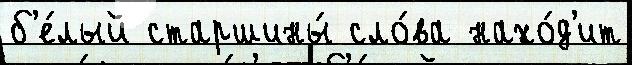
б'е́лый старшины́ сло́ва нахо́д'ит